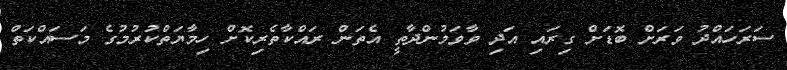
ސަރަހައްދު ވަރަށް ބޮޑަށް ގިރައި އަދި ވާވަމުންދާތީ އެތަން ރައްކާތެރިކޮށް ހިމާޔަތްކުރުމުގެ މަސައްކަތް